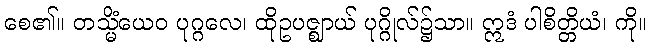
စေ၏။ တသ္မိံယေဝ ပုဂ္ဂလေ၊ ထိုဥပဇ္ဈာယ် ပုဂ္ဂိုလ်၌သာ။ ဣဒံ ပါစိတ္တိယံ၊ ကို။